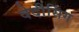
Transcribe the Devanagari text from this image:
वेदीसिंग